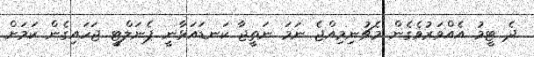
ދެ ޓީމު އެއްވަރުވެގެން މެޗުނިމިއްޖެ ނަމަ ނަތީޖާ ކަނޑައަޅާނީ ޕެނަލްޓީ ޖަހައިގެން ކަމަށް